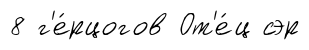
8 г'е́рцогов От'е́ц сэр